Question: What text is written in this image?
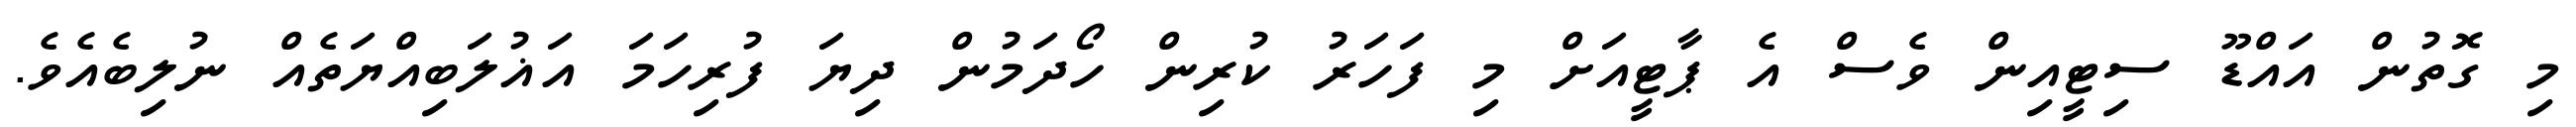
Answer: މި ގޮތުން އައްޑޫ ސިޓީއިން ވެސް އެ ޕާޓީއަށް މި ފަހަރު ކުރިން ހޯދަމުން ދިޔަ ފުރިހަމަ އަޣުލަބިއްޔަތެއް ނުލިބެއެވެ.